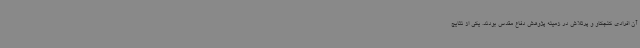
آن افرادی کنجکاو و پرتلاش در زمینه پژوهش دفاع مقدس بودند. یکی از نتایج